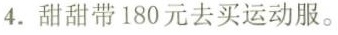
4.甜甜带180元去买运动服。